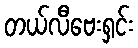
တယ်လီဗေးရှင်း